Scottish Leaving Certificate Examination, 1956
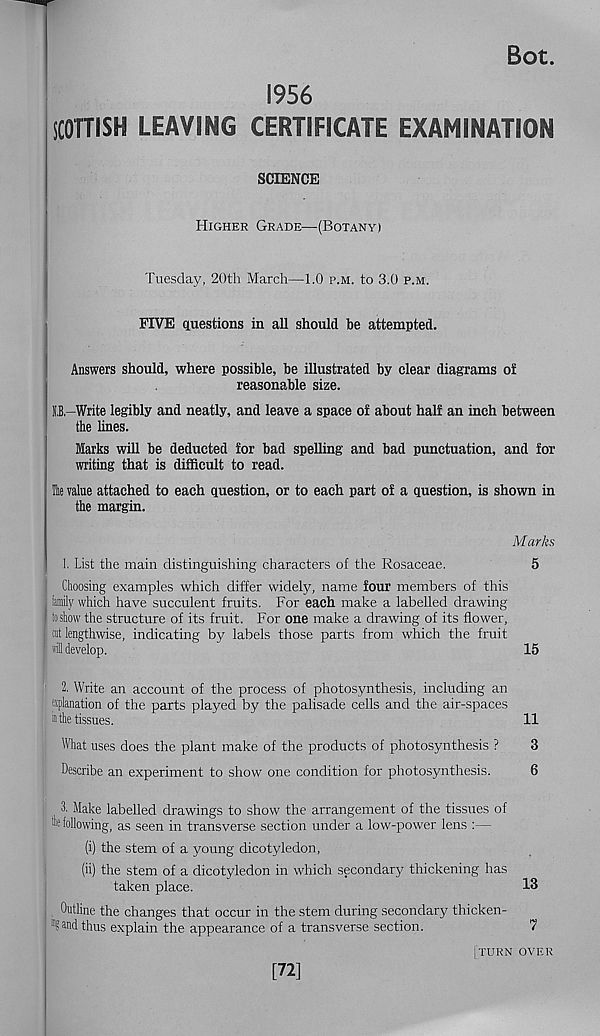
Bot.
1956
SCOTTISH LEAVING CERTIFICATE EXAMINATION
SCIENCE
Higher Grade—(Botany)
Tuesday, 20th March—1.0 p.m. to 3.0 p.m.
FIVE questions in all should be attempted.
Answers should, where possible, be illustrated by clear diagrams of
reasonable size.
O-Write legibly and neatly, and leave a space of about half an inch between
the lines.
larks will be deducted for bad spelling and bad punctuation, and for
writing that is difficult to read.
He value attached to each question, or to each part of a question, is shown in
the margin.
Marks
1. List the main distinguishing characters of the Rosaceae.
Choosing examples which differ widely, name four members of this
lamily which have succulent fruits. For each make a labelled drawing
to show the structure of its fruit. For one make a drawing of its flower,
cut lengthwise, indicating by labels those parts from which the fruit
rfl develop.
2. Write an account of the process of photosynthesis, including an
fplanation of the parts played by the palisade cells and the air-spaces
h the tissues.
What uses does the plant make of the products of photosynthesis ?
Describe an experiment to show one condition for photosynthesis.
3. Make labelled drawings to show the arrangement of the tissues of
fe following, as seen in transverse section under a low-power lens :—
(i) the stem of a young dicotyledon,
(ii) the stem of a dicotyledon in which secondary? thickening has
taken place.
Outline the changes that occur in the stem during secondary thicken-
’"fand thus explain the appearance of a transverse section.
5
15
11
3
6
13
7
[72]
(turn over